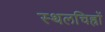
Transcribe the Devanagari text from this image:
स्थलचिह्रों